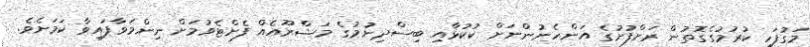
މަގުފަހި ކުރުމުގެގޮތުން ރަށްފުށުގެ އަންހެނުންނަށް ކުކުޅާއި ބިސްދިނުމުގެ މަޝްރޫއެއް ފެށްޓެވުމަށް ނިންމަވާފައިވާ ކަމަށެވެ.